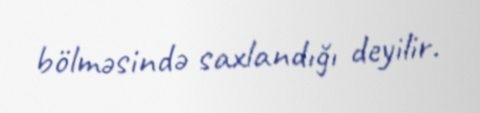
bölməsində saxlandığı deyilir.